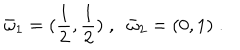
LaTeX: { \bar { \omega } } _ { 1 } = ( \frac 1 { 2 } , \frac 1 { 2 } ) \; , \; \; { \bar { \omega } } _ { 2 } = ( 0 , 1 ) \; .